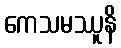
ကေသမဿူနိ